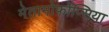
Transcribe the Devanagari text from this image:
मेतामोर्फोप्सिया